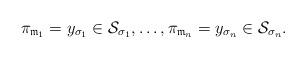
\begin{align*} \pi_{\mathfrak{m}_1}=y_{\sigma_1}\in\mathcal{S}_{\sigma_1},\ldots,\pi_{\mathfrak{m}_n}=y_{\sigma_n}\in\mathcal{S}_{\sigma_n}.\end{align*}